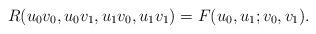
LaTeX: \begin{align*} R( u_0 v_0, u_0 v_1, u_1 v_0, u_1 v_1) = F( u_0, u_1 ; v_0, v_1 ).\end{align*}